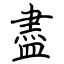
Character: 盡